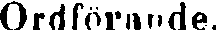
Ordförande.